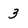
Character: 3